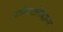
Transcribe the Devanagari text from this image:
वाशिष्टसिद्धान्त